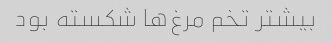
بیشتر تخم مرغ‌ها شکسته بود